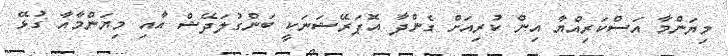
މިޔަންމާ އަސްކަރިއްޔާ އިން ކުރިއަށް ގެންދާ އޮޕަރޭޝަނަކީ ބަންގުލަދޭޝް އާއި މިޔަންމާއާ ގުޅޭ